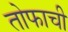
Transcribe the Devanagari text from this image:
तोफाची